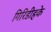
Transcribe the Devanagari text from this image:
गिरिडीहके